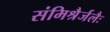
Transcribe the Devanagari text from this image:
संमिश्रैर्जलैः